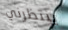
ينتظرني